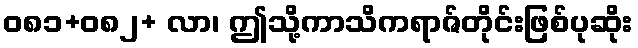
ဝ၈၁+၀၈၂+ လာ၊ ဤသို့ကာသိကရာဇ်တိုင်းဖြစ်ပုဆိုး